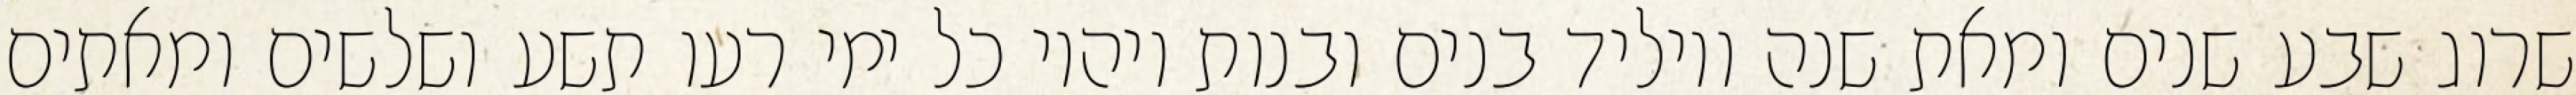
שרוג שבע שנים ומאת שנה ויוליד בנים ובנות ויהיו כל ימי רעו תשע ושלשים ומאתים